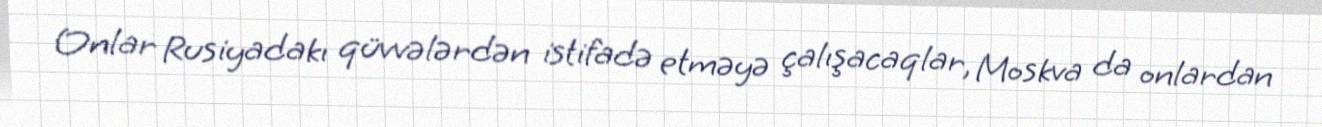
Onlar Rusiyadakı qüvvələrdən istifadə etməyə çalışacaqlar, Moskva da onlardan